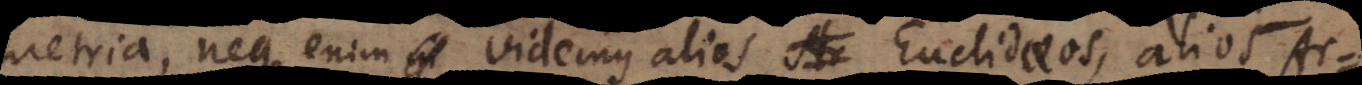
metria, neque enim videmus alios Euclidaeos, alios Ar